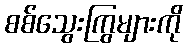
စစ်သွေးကြွများကို